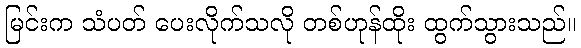
မြင်းက သံပတ် ပေးလိုက်သလို တစ်ဟုန်ထိုး ထွက်သွားသည်။